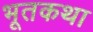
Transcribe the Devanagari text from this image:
भूतकथा